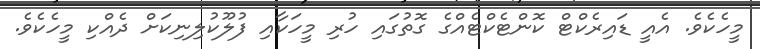
މީހެކެވެ. އެއީ ޑައިރެކްޓް ކޮންޓެކްޓެއްގެ ގޮތުގައި ހުރި މީހަކާއި ފުލޫކުލިނިކަށް ދެއްކި މީހެކެވެ.